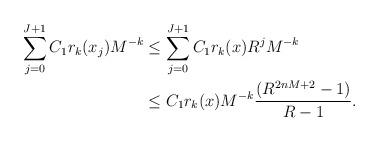
LaTeX: \begin{align*} \sum_{j=0}^{J+1} C_1r_k(x_j)M^{-k} & \leq \sum_{j=0}^{J+1} C_1r_k(x)R^jM^{-k} \\ & \leq C_1r_k(x) M^{-k}\frac{(R^{2nM+2}-1)}{R-1}.\end{align*}